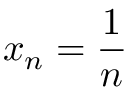
x _ { n } = { \frac { 1 } { n } }